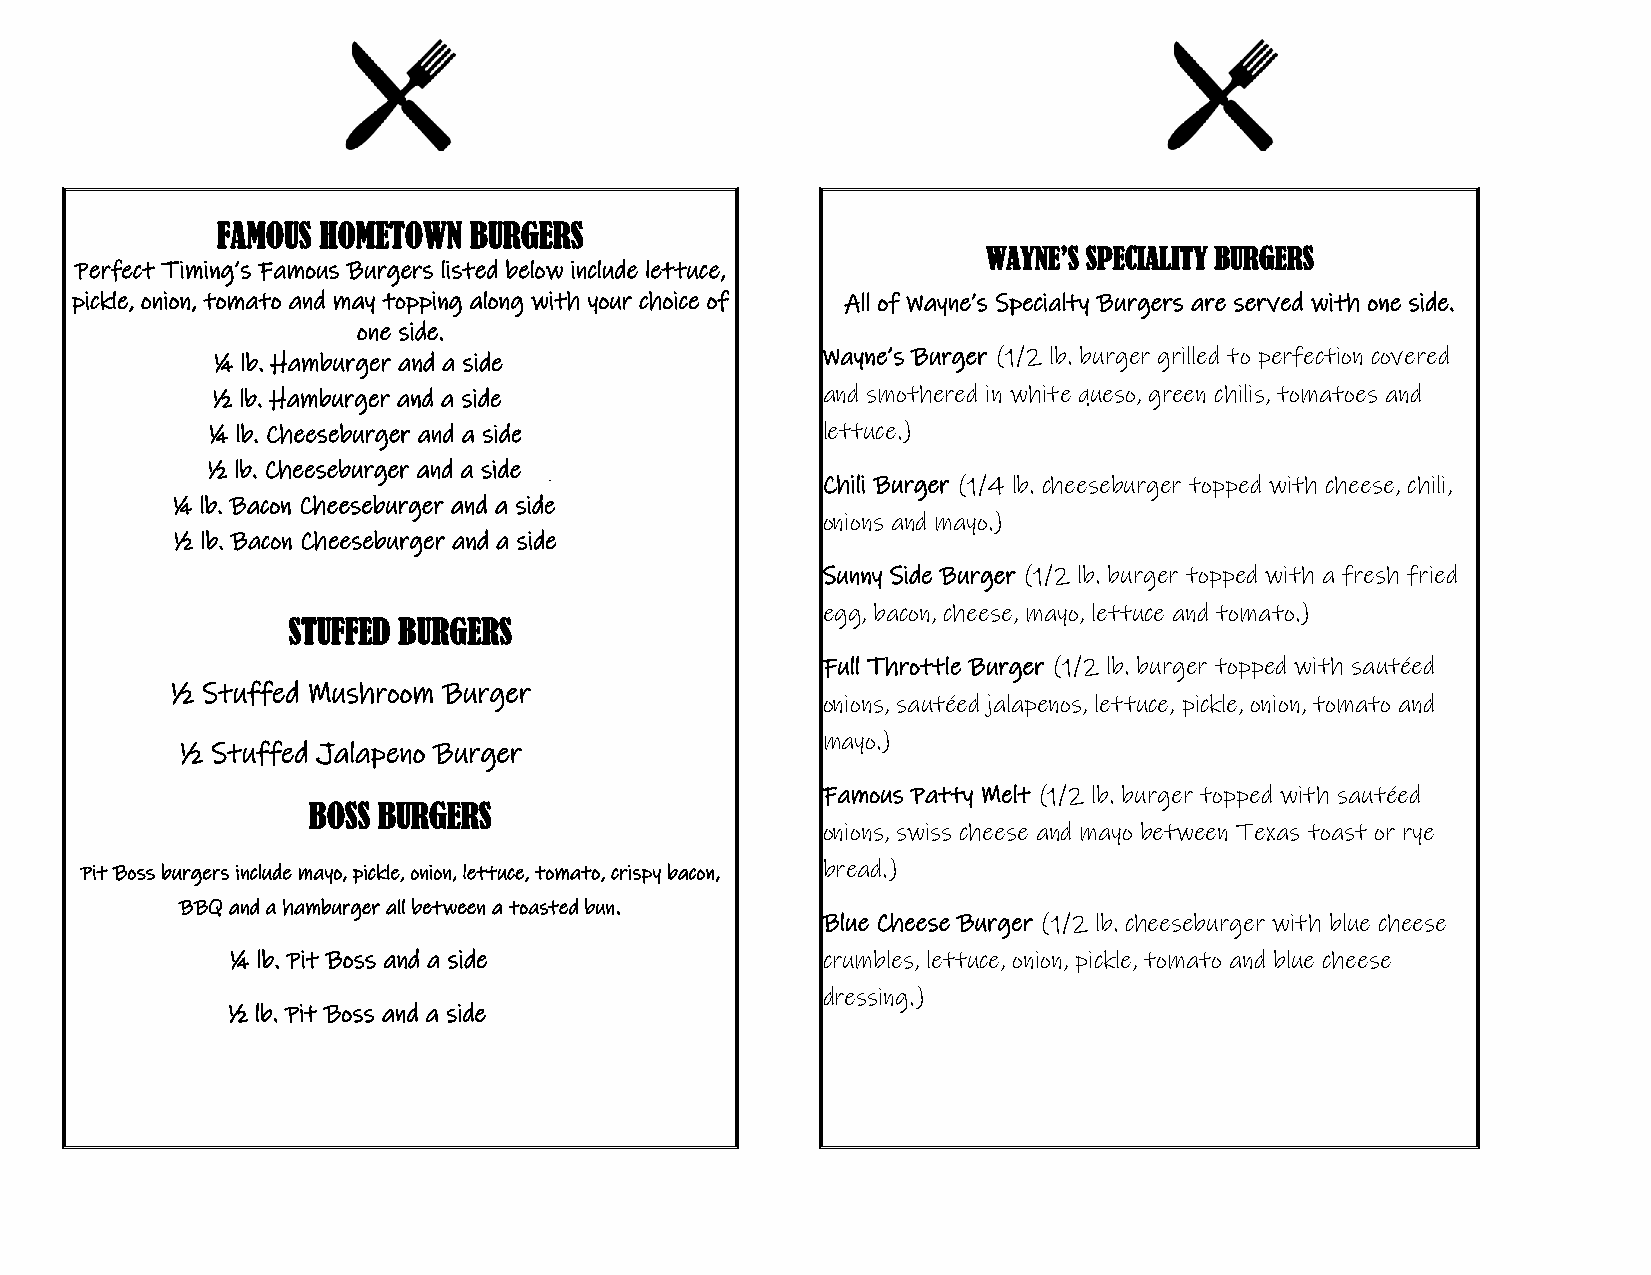
FAMOUS HOMETOWN  BURGERS
 WAYNE’S SPECIALITY BURGERS
 Perfect Timing’s Famous Burgers listed below include lettuce,
 pickle, onion, tomato and may topping along with your choice of All of Wayne’s Specialty Burgers are served with one side.
 one side.
 Wayne’s Burger (1/2 lb. burger grilled to perfection covered
 ¼ lb. Hamburger and a side $7.00
 ½ lb. Hamburger and a side $8.00        and smothered in white queso, green chilis, tomatoes and
 ¼ lb. Cheeseburger and a side $7.50     lettuce.)                         $10.00
 ½ lb. Cheeseburger and a side $8.50
 Chili Burger (1/4 lb. cheeseburger topped with cheese, chili,
 ¼ lb. Bacon Cheeseburger and a side $8.50
 onions and mayo.)                  $8.00
 ½ lb. Bacon Cheeseburger and a side $9.50
 Sunny Side Burger (1/2 lb. burger topped with a fresh fried
 egg, bacon, cheese, mayo, lettuce and tomato.) $10.99
 STUFFED BURGERS
 Full Throttle Burger (1/2 lb. burger topped with sautéed
 ½ Stuffed Mushroom Burger $9.50
 onions, sautéed jalapenos, lettuce, pickle, onion, tomato and
 mayo.)                             $11.99
 ½ Stuffed Jalapeno Burger $9.50
 Famous Patty Melt (1/2 lb. burger topped with sautéed
 BOSS BURGERS
 onions, swiss cheese and mayo between Texas toast or rye
 Pit Boss burgers include mayo, pickle, onion, lettuce, tomato, crispy bacon, bread.) $9.00
 BBQ and a hamburger all between a toasted bun.
 Blue Cheese Burger (1/2 lb. cheeseburger with blue cheese
 ¼ lb. Pit Boss and a side $10.99       crumbles, lettuce, onion, pickle, tomato and blue cheese
 dressing.)                         $8.50
 ½ lb. Pit Boss and a side $12.99